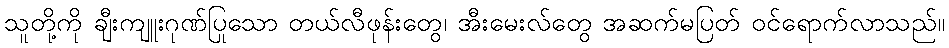
သူတို့ကို ချီးကျူးဂုဏ်ပြုသော တယ်လီဖုန်းတွေ၊ အီးမေးလ်တွေ အဆက်မပြတ် ဝင်ရောက်လာသည်။